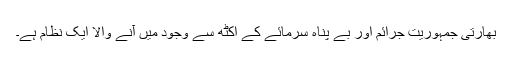
بھارتی جمہوریت جرائم اور بے پناہ سرمائے کے اکٹھ سے وجود میں آنے والا ایک نظام ہے۔